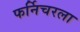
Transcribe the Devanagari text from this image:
फर्निचरला